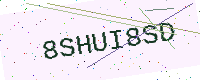
Text: 8SHUI8SD